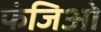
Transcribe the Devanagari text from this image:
फंजिओ